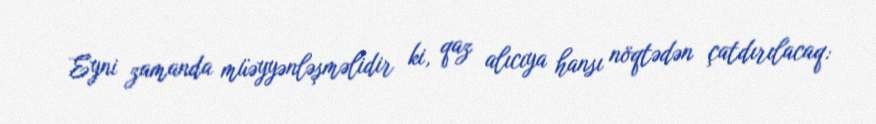
Eyni zamanda müəyyənləşməlidir ki, qaz alıcıya hansı nöqtədən çatdırılacaq: